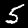
Digit: 5